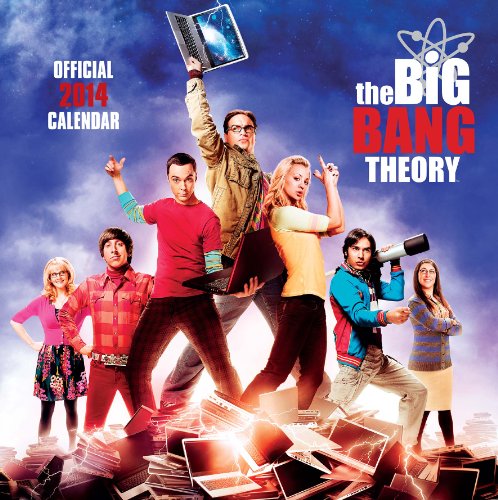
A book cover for Official Big Bang Theory 2014 Calendar; Calendars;